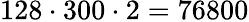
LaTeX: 128\cdot 300\cdot 2=76800